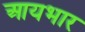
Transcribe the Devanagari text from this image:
आयभार